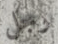
رجل